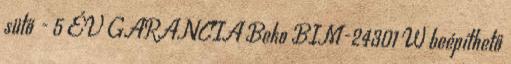
sütő - 5 ÉV GARANCIA Beko BIM-24301 W beépíthető